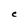
Character: C